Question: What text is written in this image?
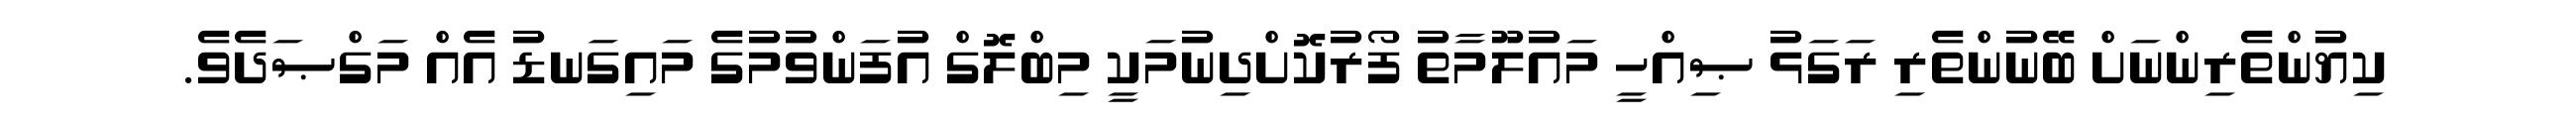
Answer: ކިޔުންތެރިންނަށް ބޭނުންތެރި ރަގަޅު ޞިއްހީ މައުލޫމާތު ފޯރުކޮށްދިނުމަކީ މިބްލޮގް އުފަންވުމުގެ މައިގަނޑު އެއް މަގްޞަދެވެ.